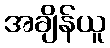
အချိန်ယူ